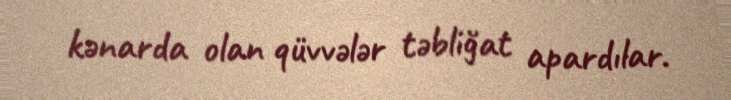
kənarda olan qüvvələr təbliğat apardılar.